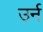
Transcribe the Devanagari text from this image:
उर्न